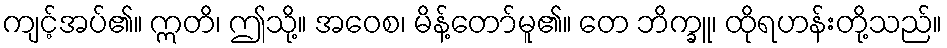
ကျင့်အပ်၏။ ဣတိ၊ ဤသို့။ အဝေစ၊ မိန့်တော်မူ၏။ တေ ဘိက္ခူ၊ ထိုရဟန်းတို့သည်။